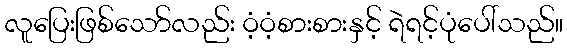
လူပြေးဖြစ်သော်လည်း ဝံ့ဝံ့စားစားနှင့် ရဲရင့်ပုံပေါ်သည်။